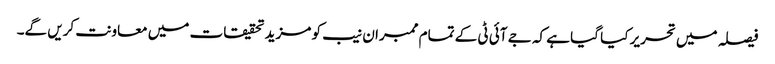
فیصلہ میں تحریر کیا گیا ہے کہ جے آئی ٹی کے تمام ممبران نیب کو مزید تحقیقات میں معاونت کریں گے۔